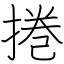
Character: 捲